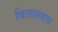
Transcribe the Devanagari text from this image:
विलासवास